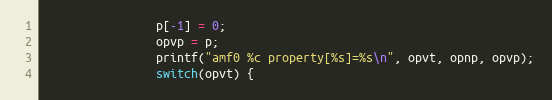
Language: C
                p[-1] = 0;
                opvp = p;
                printf("amf0 %c property[%s]=%s\n", opvt, opnp, opvp);
                switch(opvt) {